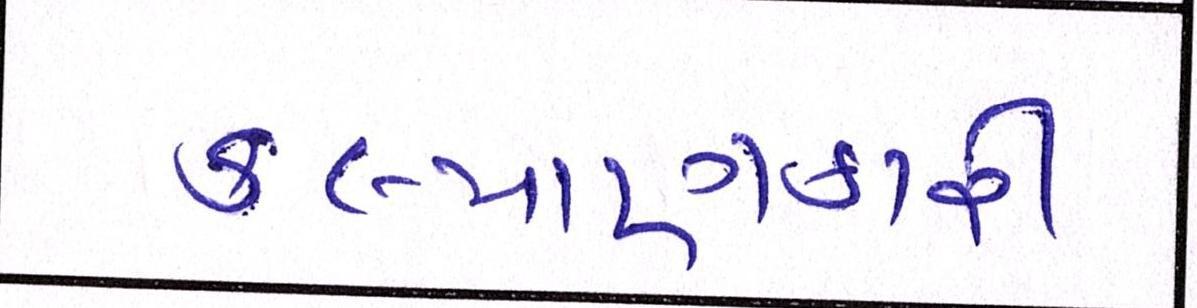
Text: કલ્યાણકારી